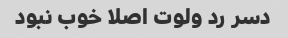
دسر رد ولوت اصلا خوب نبود